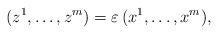
LaTeX: \begin{align*}(z^{1} , \ldots, z^{m} ) = \varepsilon \, (x^{1} , \ldots, x^{m}) ,\end{align*}